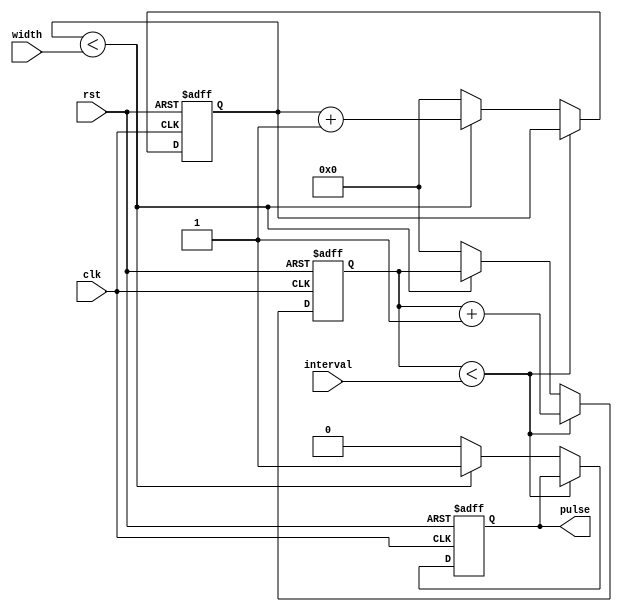
module pulse_generator(
  input wire clk,
  input wire rst,
  input wire [7:0] interval,
  input wire [7:0] width,
  output reg pulse
);

reg [7:0] count;
reg [7:0] pulse_width;

always @(posedge clk or posedge rst) begin
  if (rst) begin
    count <= 0;
    pulse_width <= 0;
    pulse <= 0;
  end else begin
    if (count < interval) begin
      count <= count + 1;
    end else begin
      if (pulse_width < width) begin
        pulse_width <= pulse_width + 1;
        pulse <= 1;
      end else begin
        count <= 0;
        pulse_width <= 0;
        pulse <= 0;
      end
    end
  end
end

endmodule